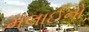
મલાઈનો